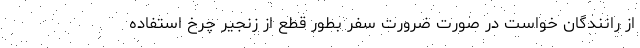
از رانندگان خواست در صورت ضرورت سفر بطور قطع از زنجیر چرخ استفاده